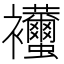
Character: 𧟚